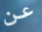
عن